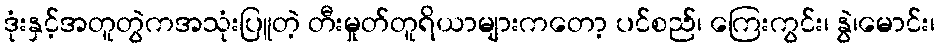
ဒုံးနှင့်အတူတွဲကအသုံးပြူတဲ့ တီးမှုတ်တူရိယာများကတော့ ပင်စည်၊ ကြေးကွင်း၊ နွဲ၊မောင်း၊